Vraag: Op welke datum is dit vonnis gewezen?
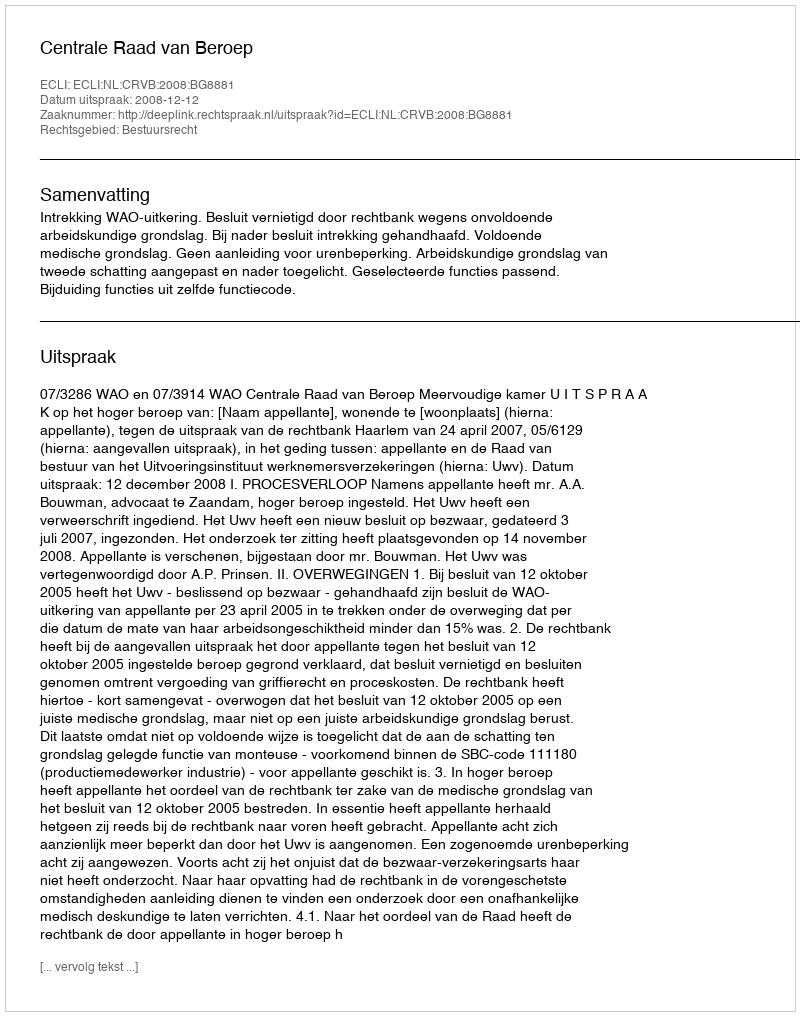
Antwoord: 2008-12-12